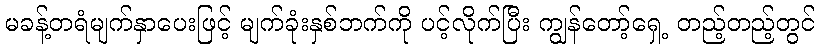
မခန့်တရံမျက်နှာပေးဖြင့် မျက်ခုံးနှစ်ဘက်ကို ပင့်လိုက်ပြီး ကျွန်တော့်ရှေ့ တည့်တည့်တွင်